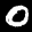
Label: 0